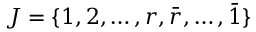
J = \{ 1 , 2 , \dots , r , \bar { r } , \dots , \bar { 1 } \}